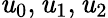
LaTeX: \mathit{u}_{0},\mathit{u}_{1},\mathit{u}_{2}